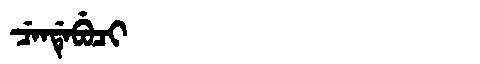
Manchu: ᠴᡝᠨᡩᡝᠪᡠᠴᡳ
Romanization: CENDEBUCI